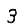
Digit: 3